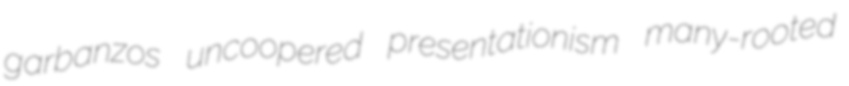
garbanzos uncoopered presentationism many-rooted